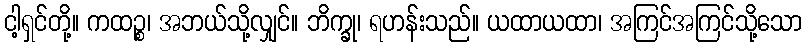
ငါ့ရှင်တို့။ ကထဉ္စ၊ အဘယ်သို့လျှင်။ ဘိက္ခု၊ ရဟန်းသည်။ ယထာယထာ၊ အကြင်အကြင်သို့သော